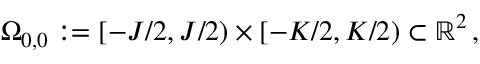
\Omega _ { 0 , 0 } : = [ - J / 2 , J / 2 ) \times [ - K / 2 , K / 2 ) \subset \mathbb { R } ^ { 2 } \, ,